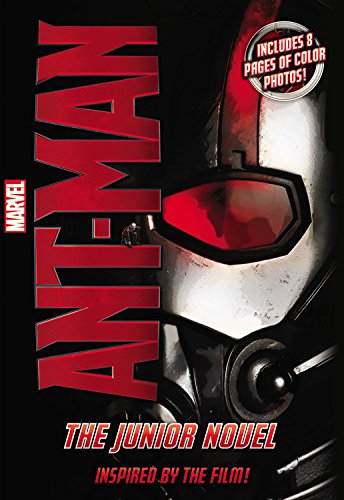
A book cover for Marvel's Ant-Man: The Junior Novel; Chris Wyatt; Children's Books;